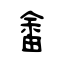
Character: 畬